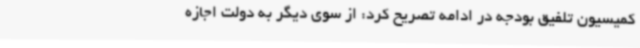
کمیسیون تلفیق بودجه در ادامه تصریح کرد: از سوی دیگر به دولت اجازه